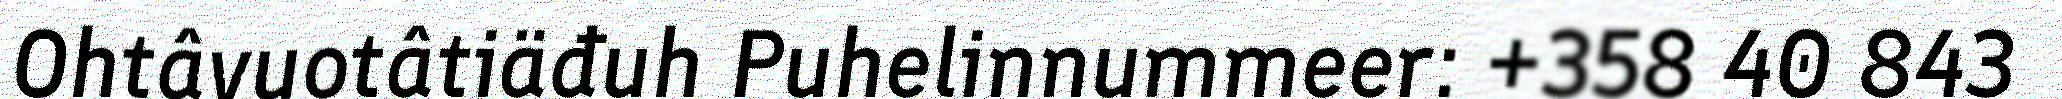
Ohtâvuotâtiäđuh Puhelinnummeer: +358 40 843